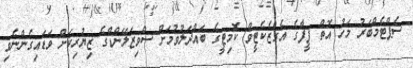
ސެޕްޓެމްބަރު މަހު އޮތް ފީފާގެ އެގްޒެކެޓީވް ކޮމިޓީގެ ބައްދަލުވުމަށް ސްވިޒަލޭންޑްގެ ޒިޔުރިކަށް ވަޑައިގެންނެވި